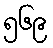
၅၆၉